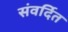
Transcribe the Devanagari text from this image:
संवर्दित